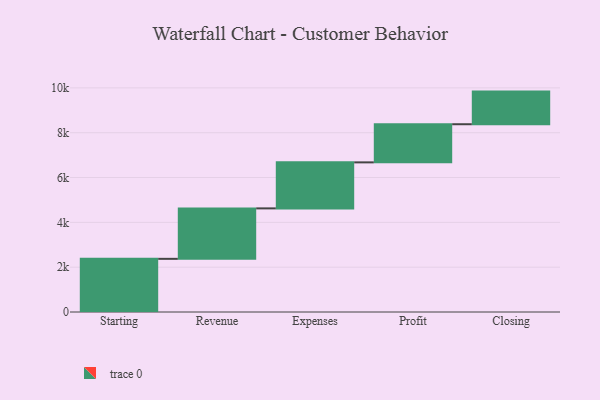
{"axis": {"x": "Step", "y": "Value"}, "legend": [""], "data": [{"x": "Starting", "y": 2372.0, "type": ""}, {"x": "Revenue", "y": 2252.0, "type": ""}, {"x": "Expenses", "y": 2053.0, "type": ""}, {"x": "Profit", "y": 1702.0, "type": ""}, {"x": "Closing", "y": 1456.0, "type": ""}]}